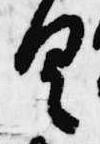
具